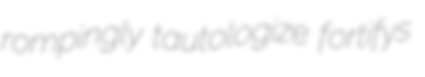
rompingly tautologize fortifys